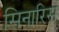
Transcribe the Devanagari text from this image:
सिनारिस